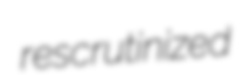
rescrutinized